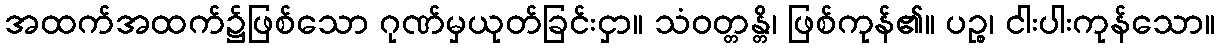
အထက်အထက်၌ဖြစ်သော ဂုဏ်မှယုတ်ခြင်းငှာ။ သံဝတ္တန္တိ၊ ဖြစ်ကုန်၏။ ပဉ္စ၊ ငါးပါးကုန်သော။